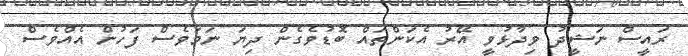
ރައީސް ނަޝީދު ވިދާޅުވީ އޭރު އެކަންތައް ބޮޑުވެގެން ދިޔަ ނަމަވެސް ފަހުން އެއްވެސް